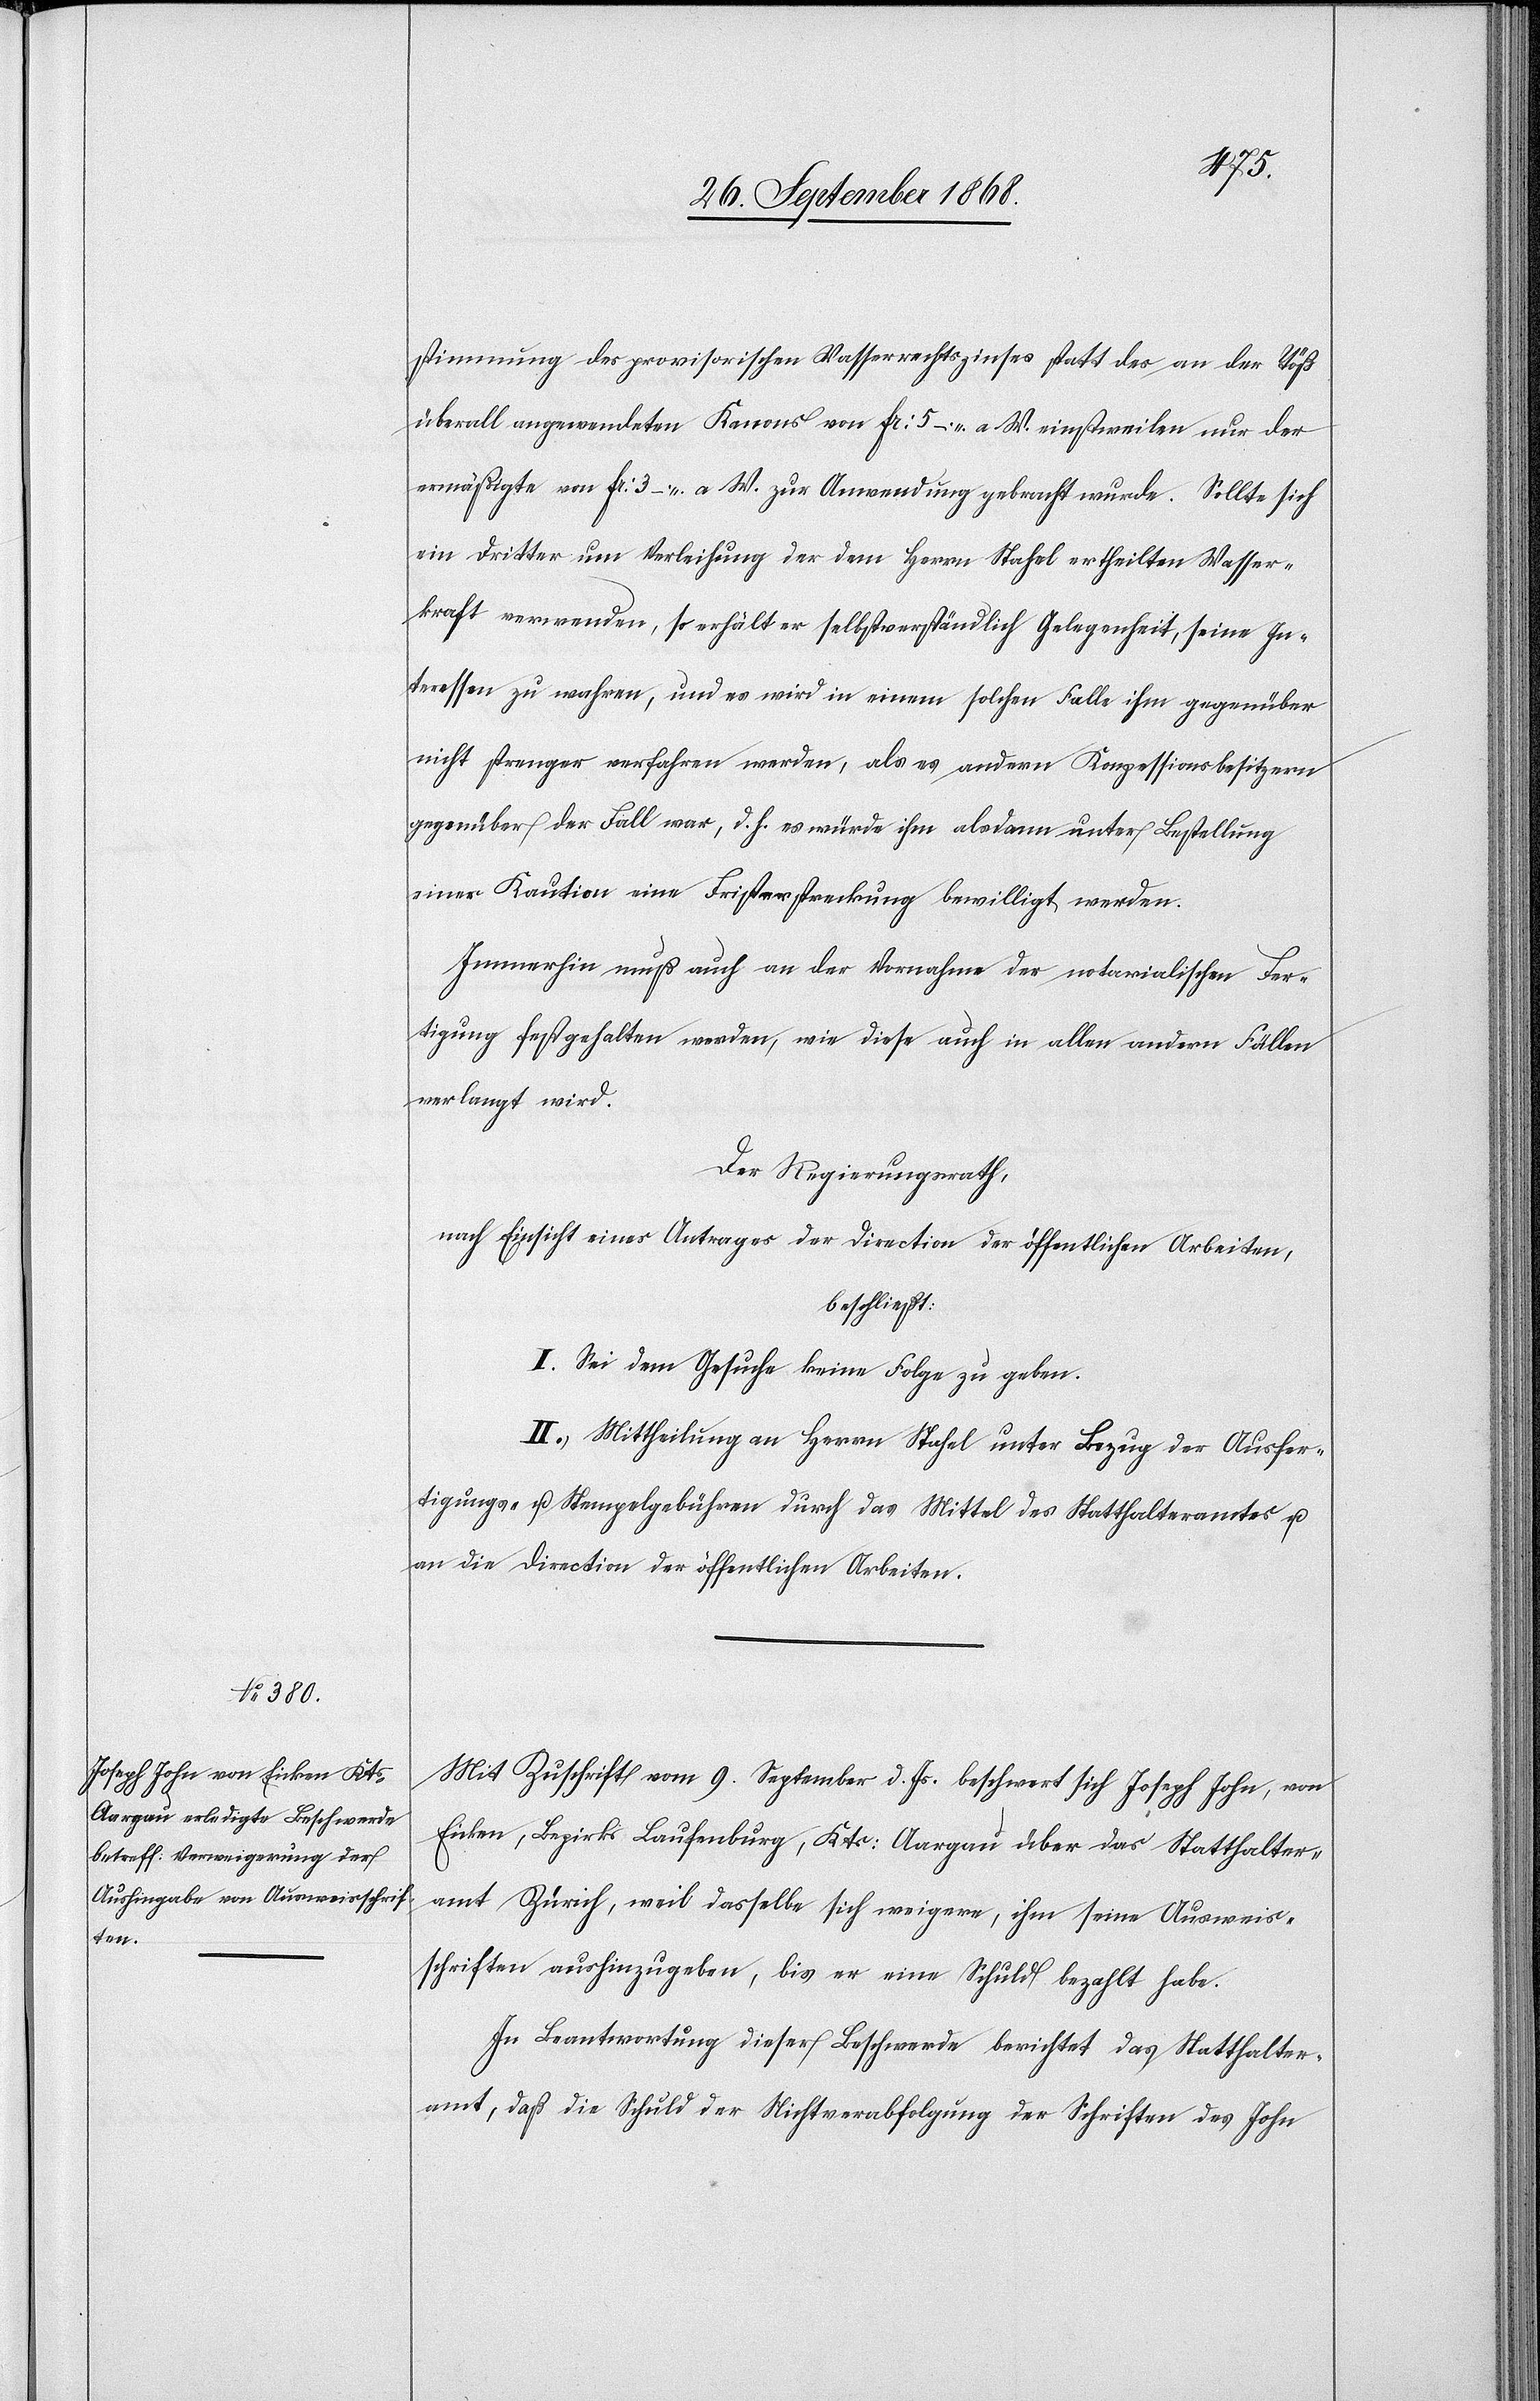
stimmung des provisorischen Wasserrechtszinses statt des an der Töß
überall angewendeten Kanons von Fr: 5 – a. W. einstweilen nur der
ermäßigte von Fr: 3 – a. W. zur Anwendung gebracht wurde. Sollte sich
ein Dritter um Verleihung der dem Herrn Stahel ertheilten Wasser¬
kraft verwenden, so erhält er selbstverständlich Gelegenheit, seine In¬
teressen zu wahren, und es wird in einem solchen Falle ihm gegenüber
nicht strenger verfahren werden, als es andern Konzessionsbesitzern
gegenüber der Fall war, d. h. es würde ihm alsdann unter Bestellung
einer Kaution eine Fristerstreckung bewilligt werden.
Immerhin muß auch an der Vornahme der notarialischen Fer¬
tigung festgehalten werden, wie diese auch in allen andern Fällen
verlangt wird.
Der Regierungsrath,
nach Einsicht eines Antrages der Direction der öffentlichen Arbeiten,
beschließt:
I. Sei dem Gesuche keine Folge zu geben.
II. Mittheilung an Herrn Stahel unter Bezug der Ausfer¬
tigungs- u. Stempelgebühren durch das Mittel des Statthalteramtes u.
an die Direction der öffentlichen Arbeiten.
Mit Zuschrift vom 9. September d. Js. beschwert sich Joseph John, von
Eicken, Bezirks Laufenburg, Kts: Aargau über das Statthalter¬
amt Zürich, weil dasselbe sich weigere, ihm seine Ausweis¬
schriften aushinzugeben, bis er eine Schuld bezahlt habe.
In Beantwortung dieser Beschwerde berichtet das Statthalter¬
amt, daß die Schuld der Nichtverabfolgung der Schriften des John